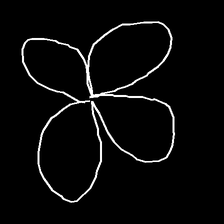
Glyph: billowing